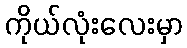
ကိုယ်လုံးလေးမှာ